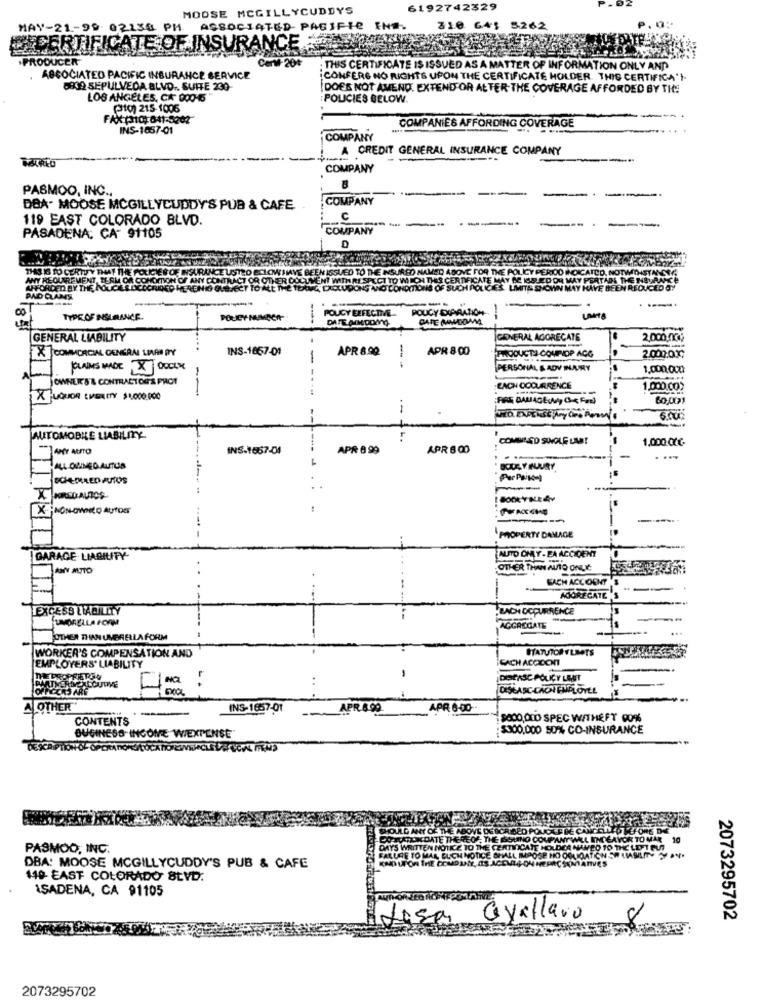
MOOSE MCGILLYCUDDYS
6192742329
MAY-21-99 02130 PM
ASSOCIATED- PACIFIC
INT
262
ASURANCE
CERTIFICATE OF I
PRODUCER
CerM-20+
: THIS CERTIFICATE IS ISSUED AS A MATTER OF INFORMATION ONLY AND
ASSOCIATED PACIFIC INSURANCE SERVICE
¡CONFERE NO RIGHTS UPON THE CERTIFICATE HOLDER. THIS CERTIFICA'
5939 SEPULVEDA BLVD .. SUITE 230-
DOES NOT AMEND. EXTEND OR ALTER-THE COVERAGE AFFORDED BY THE
LOS ANGELES, CA 000-15"
: POLICIES BELOW.
etc) 215-1006
COMPANIES AFFORDING COVERAGE
INS-1657-01
COMPANY
A CREDIT GENERAL INSURANCE COMPANY
COMPANY
PASMOO, INC .,
COMPANY
DBA. MOOSE MCGILLYCUDDY'S PUB & CAFE
119 EAST COLORADO BLVD.
C
--
----
COMPANY
PASADENA: CA 91105
D
RUTY THAT THE POLICE
LICY PERIOD IN
ANY REQUIREMENT, TERM
PAD CLAIMS
POUCY DIARATION
TYPE OF INSURANCE
POLEY NUMBER
POUCY EFFECTIVE-
GENERAL LIABILITY
GIDVERAL AGGREGATE
2,000,00;
X COMMERCIAL GENERAL LIVAR ITY
INS-1857-01
APR 8.90
APR 8:00
2000:0℃
-
PRODUCTS COUPOP ACG
CLAIMS MADE X DUCKY
1
- --
PERSONAL & ADV INJURY
1,000,000
OWNER'S'& CONTRACTORS PROT
-
EACH CODURRENCE
1.000.00)
XUQUOR LIBILITY $1.000.000
FIRE DAMAGE Gc Fed)
60,001
6.00
AUTOMOBILE LIABILITY
COMBINED SOKOLE LAST
1,000 Otc.
APOY AUTO
INS.1667-01
APR 8 99
APR 800
--
HALL OWNED AUTOS
BODE YHUURY
SCHEMALED AUTOS
Per PaK-
I BOOKY NERY
X -; NON-OWNED AUTOET
PROPERTY DAMAGE
MUITO ONLY - EA ACCIDENT
GARAGE. LIABILITY
OTHER THAN AUTO ONLE:
BACH ACCOUNT
...
ADORECA
EXCESS LWOILITY
.BACH OCCURRENCE
UNMORELLA FORM
-
AGGREGATE
OTHER THAN UMBRELLA FORM
STATUTORYLBOTS
WORKER'S COMPENSATION AND
EMPLOYERS' LIABILITY
CACH ACCIDENT
THE DROPFRTOG
..
DISEASE POLICY LANT
OFFICERS ARE
DESCASC-CAON EMPLOYEL
A OTHER
INS-1657-01
--
APR 8 99
APR 6-00
CONTENTS
5000,000 SPEC WITHEFT 00%
$300,000 50% CO-INSURANCE
BUSINESS INCOME WIEXPENSE
PASMOO, INC.
DBA: MOOSE MCGILLYCUDDY'S PUB & CAFE
140 EAST COLORADO SEVD.
ISADENA, CA 91105
Lisa
Gyallaro
2073295702
2073295702